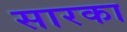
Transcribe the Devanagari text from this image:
सारका